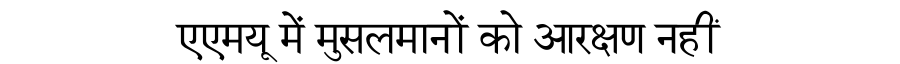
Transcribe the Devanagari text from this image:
एएमयू में मुसलमानों को आरक्षण नहीं